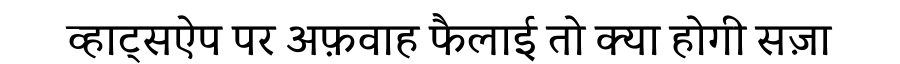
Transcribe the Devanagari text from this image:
व्हाट्सऐप पर अफ़वाह फैलाई तो क्या होगी सज़ा